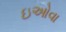
ઇઓવા